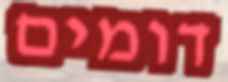
דומים